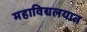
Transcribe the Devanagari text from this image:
महाविद्यलयात